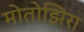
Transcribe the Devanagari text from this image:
मोतोझिरा